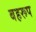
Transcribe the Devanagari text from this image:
बहरूप